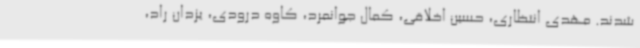
شدند. مهدی انتظاری، حسین اخلاقی، کمال جوانمرد، کاوه درودی، یزدان راد،